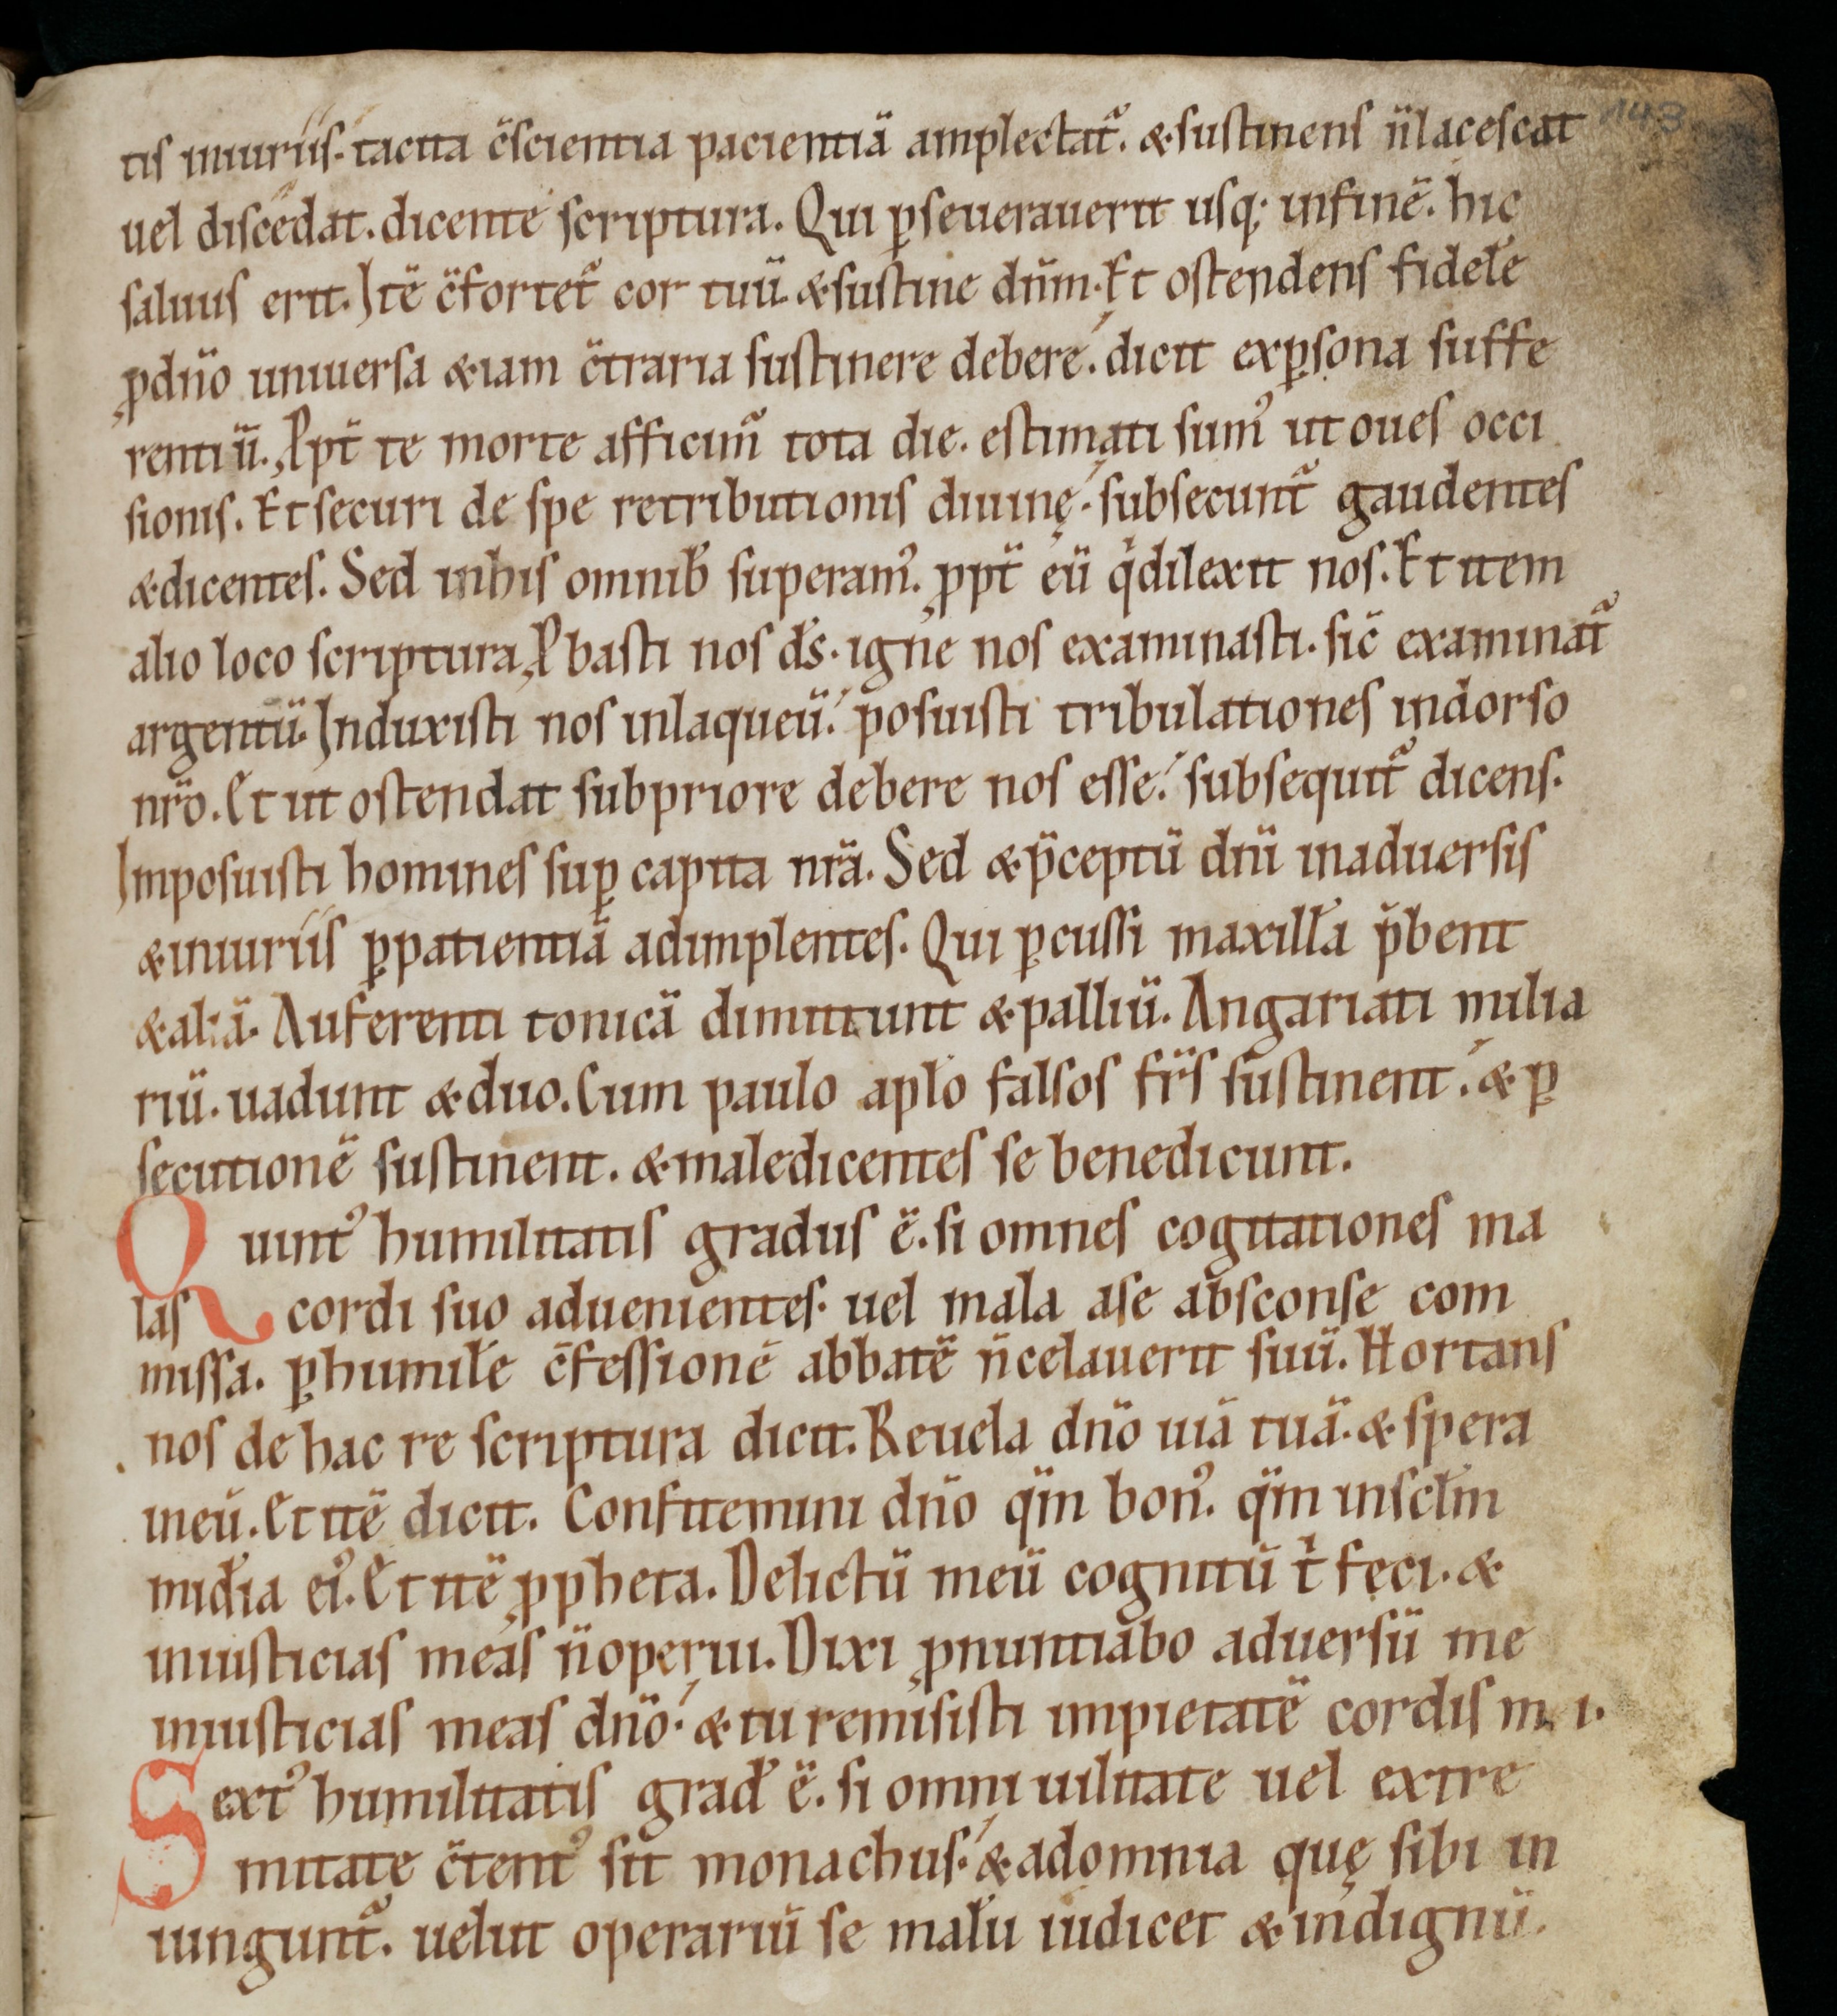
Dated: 1100–1199